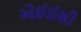
એઈઈસી